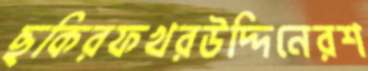
ছকিরফখরউদ্দিনেরশ